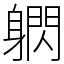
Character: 䠾